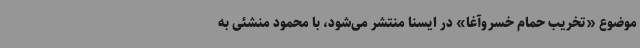
موضوع «تخریب حمام خسروآغا» در ایسنا منتشر می‌شود، با محمود منشئی به